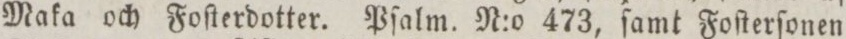
Maka och Foſterdotter. Pſalm. N:o 473, ſamt Foſterſonen